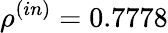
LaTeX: \rho^{(in)}=0.7778